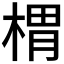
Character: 𣖜